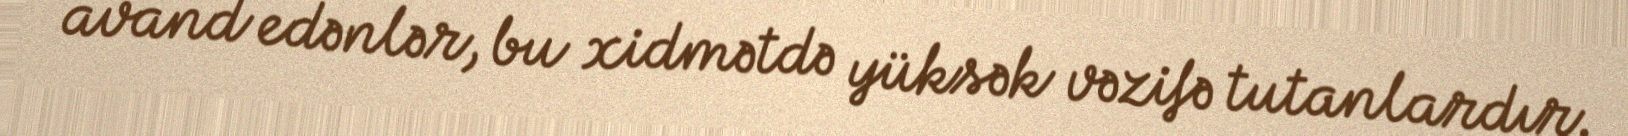
avand edənlər, bu xidmətdə yüksək vəzifə tutanlardır.